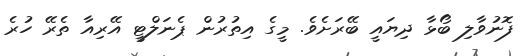
ފޮނުވާލި ބޯޅާ ދިޔައީ ބޭރަށެވެ. މީގެ އިތުރުން ޕެނަލްޓީ އޭރިއާ ތެރޭ ހުރެ